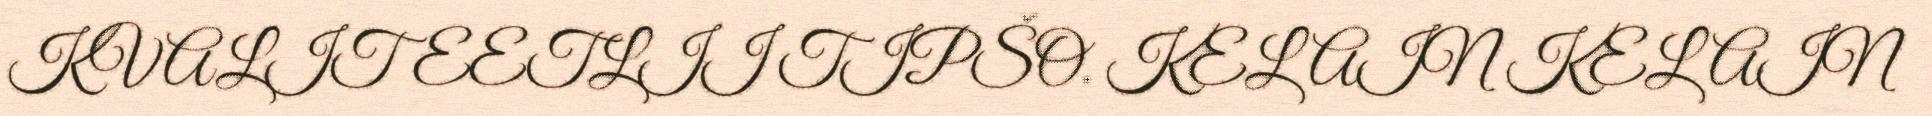
KVALITEETLII TIPŠO. KELAIN KELAIN